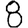
Digit: 8